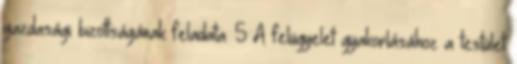
gazdasági bizottságának feladata. 5 A felügyelet gyakorlásához a testület